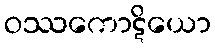
ဝဿကောဋိယော